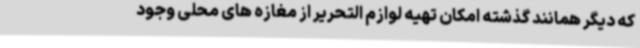
که دیگر همانند گذشته امکان تهیه لوازم التحریر از مغازه های محلی وجود